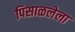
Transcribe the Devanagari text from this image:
पिसाळलेला